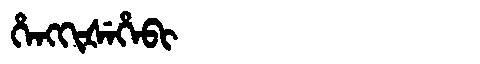
Manchu: ᡥᡝᠩᡴᡳᡧᡝᡥᡝᠪᡳ
Romanization: HENGKIŠEHEBI